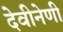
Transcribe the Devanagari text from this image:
देवीनेणी